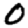
Digit: 0